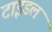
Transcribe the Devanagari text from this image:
टाइडल